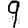
Digit: 9